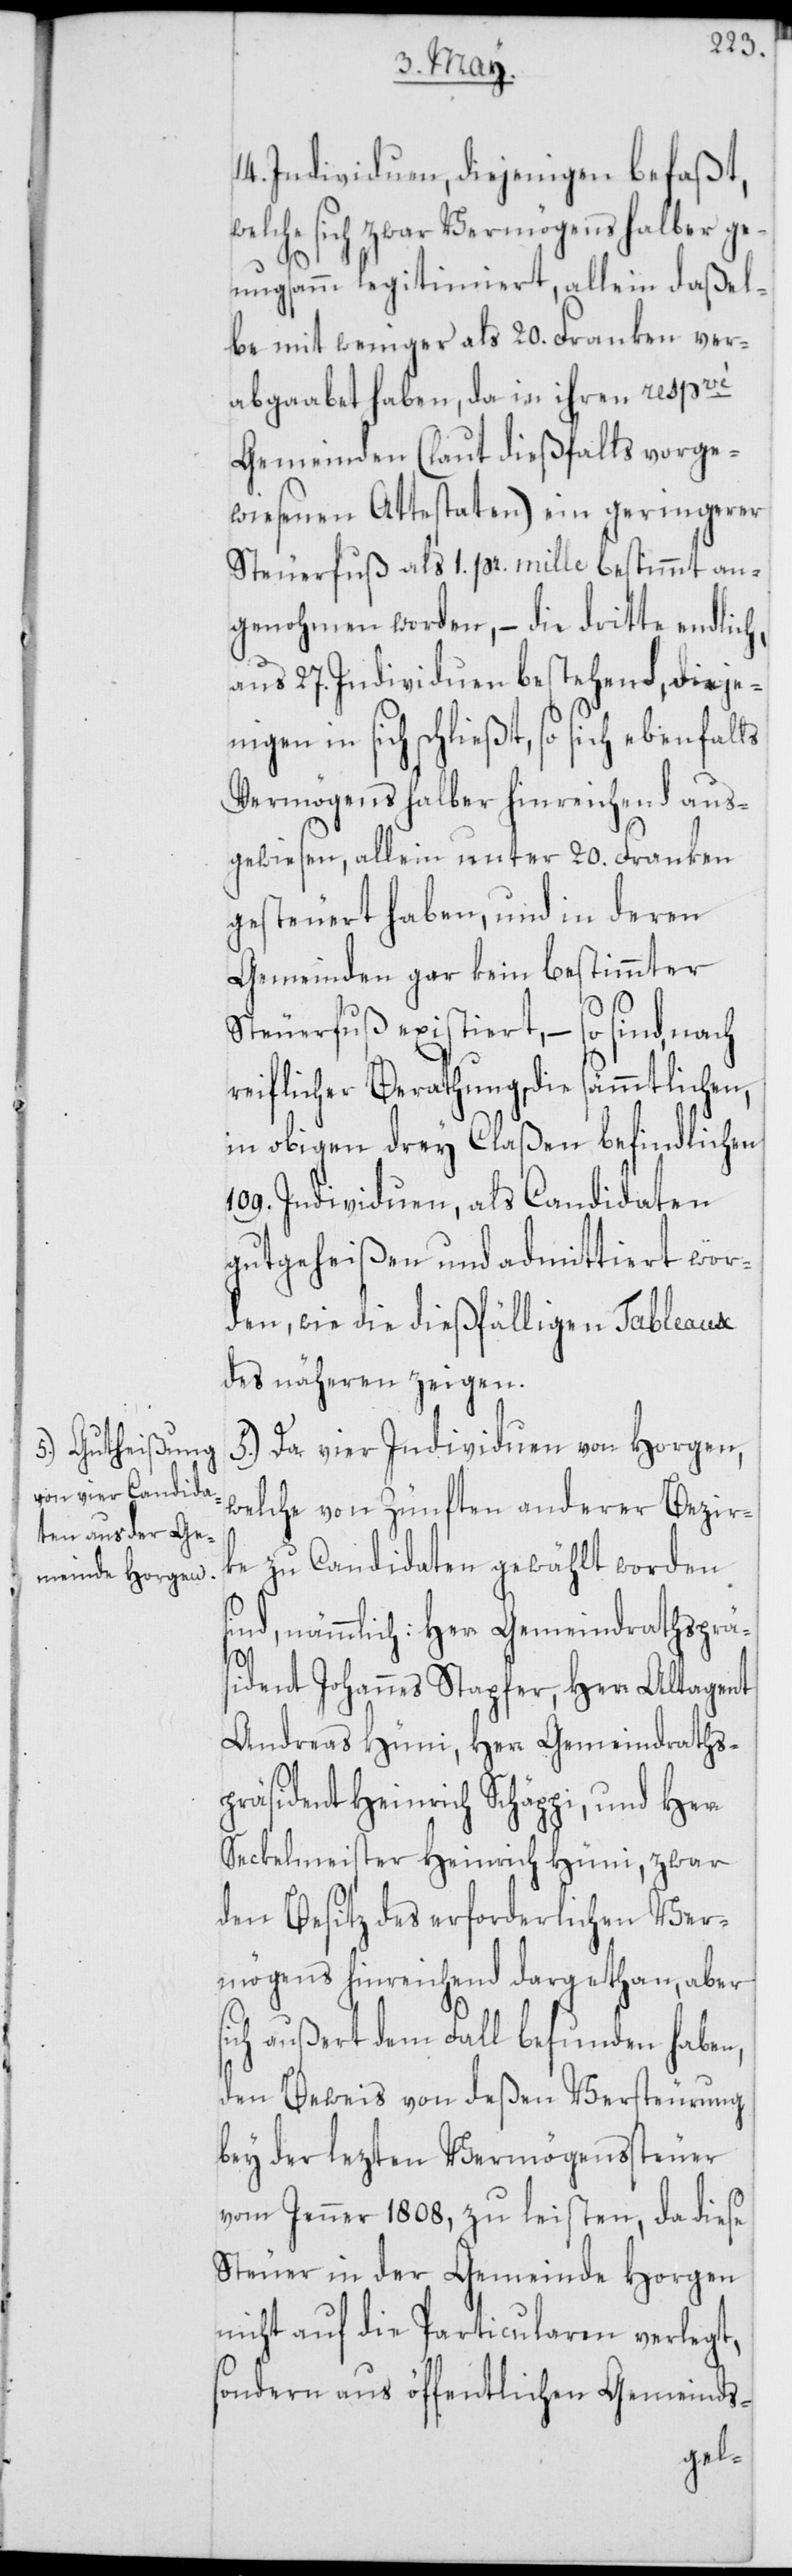
14. Individuen, diejenigen befaßt,
lche sich zwar Vermögens halber ge¬
nugsamm legitimiert, allein daßel¬
be mit weniger als 20. Franken ver¬
abgaabet haben, da in ihren respvé
Gemeinden (laut dießfalls vorge¬
wiesenen Attestaten) ein geringerer
Steuerfuß als 1. pr. mille bestimmt an¬
genohmen worden, – die dritte endlich,
aus 27. Individuen bestehend, dieje¬
nigen in sich schließt, so sich ebenfalls
Vermögens halber hinreichend aus¬
gewiesen, allein unter 20. Franken
gesteuert haben, und in deren
Gemeinden gar kein bestimmter
Steuerfuß existiert, – so sind, nach
reiflicher Berathung, die sämmtlichen,
in obigen drey Claßen befindlichen
109. Individuen, als Candidaten
gutgeheißen und admittiert wor¬
den, wie die dießfälligen Tableaux
des näheren zeigen.
5.) Da vier Individuen von Horgen,
welche von Zünften anderer Bezir¬
ke zu Candidaten gewählt worden
sind, nämmlich: Herr Gemeindrathsprä¬
sident Johannes Stapfer, Herr Altagent
Andreas Hüni, Herr Gemeindraths¬
präsident Heinrich Schäppi, und Herr
Seckelmeister Heinrich Hüni, zwar
den Besitz des erforderlichen Ver¬
mögens hinreichend dargethan, aber
sich außert dem Fall befunden haben,
den Beweis von deßen Versteurung
bey der lezten Vermögenssteuer
vom Jenner 1808, zu leisten, da diese
Steuer in der Gemeinde Horgen
nicht auf die Particularen verlegt,
sondern aus öffentlichen Gemeinds-
we¬